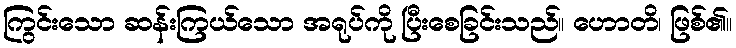
ကြွင်းသော ဆန်းကြယ်သော အရုပ်ကို ပြီးစေခြင်းသည်။ ဟောတိ၊ ဖြစ်၏။